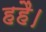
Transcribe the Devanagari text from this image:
हहै।